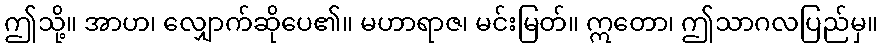
ဤသို့။ အာဟ၊ လျှောက်ဆိုပေ၏။ မဟာရာဇ၊ မင်းမြတ်။ ဣတော၊ ဤသာဂလပြည်မှ။